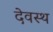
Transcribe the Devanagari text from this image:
देवस्थ